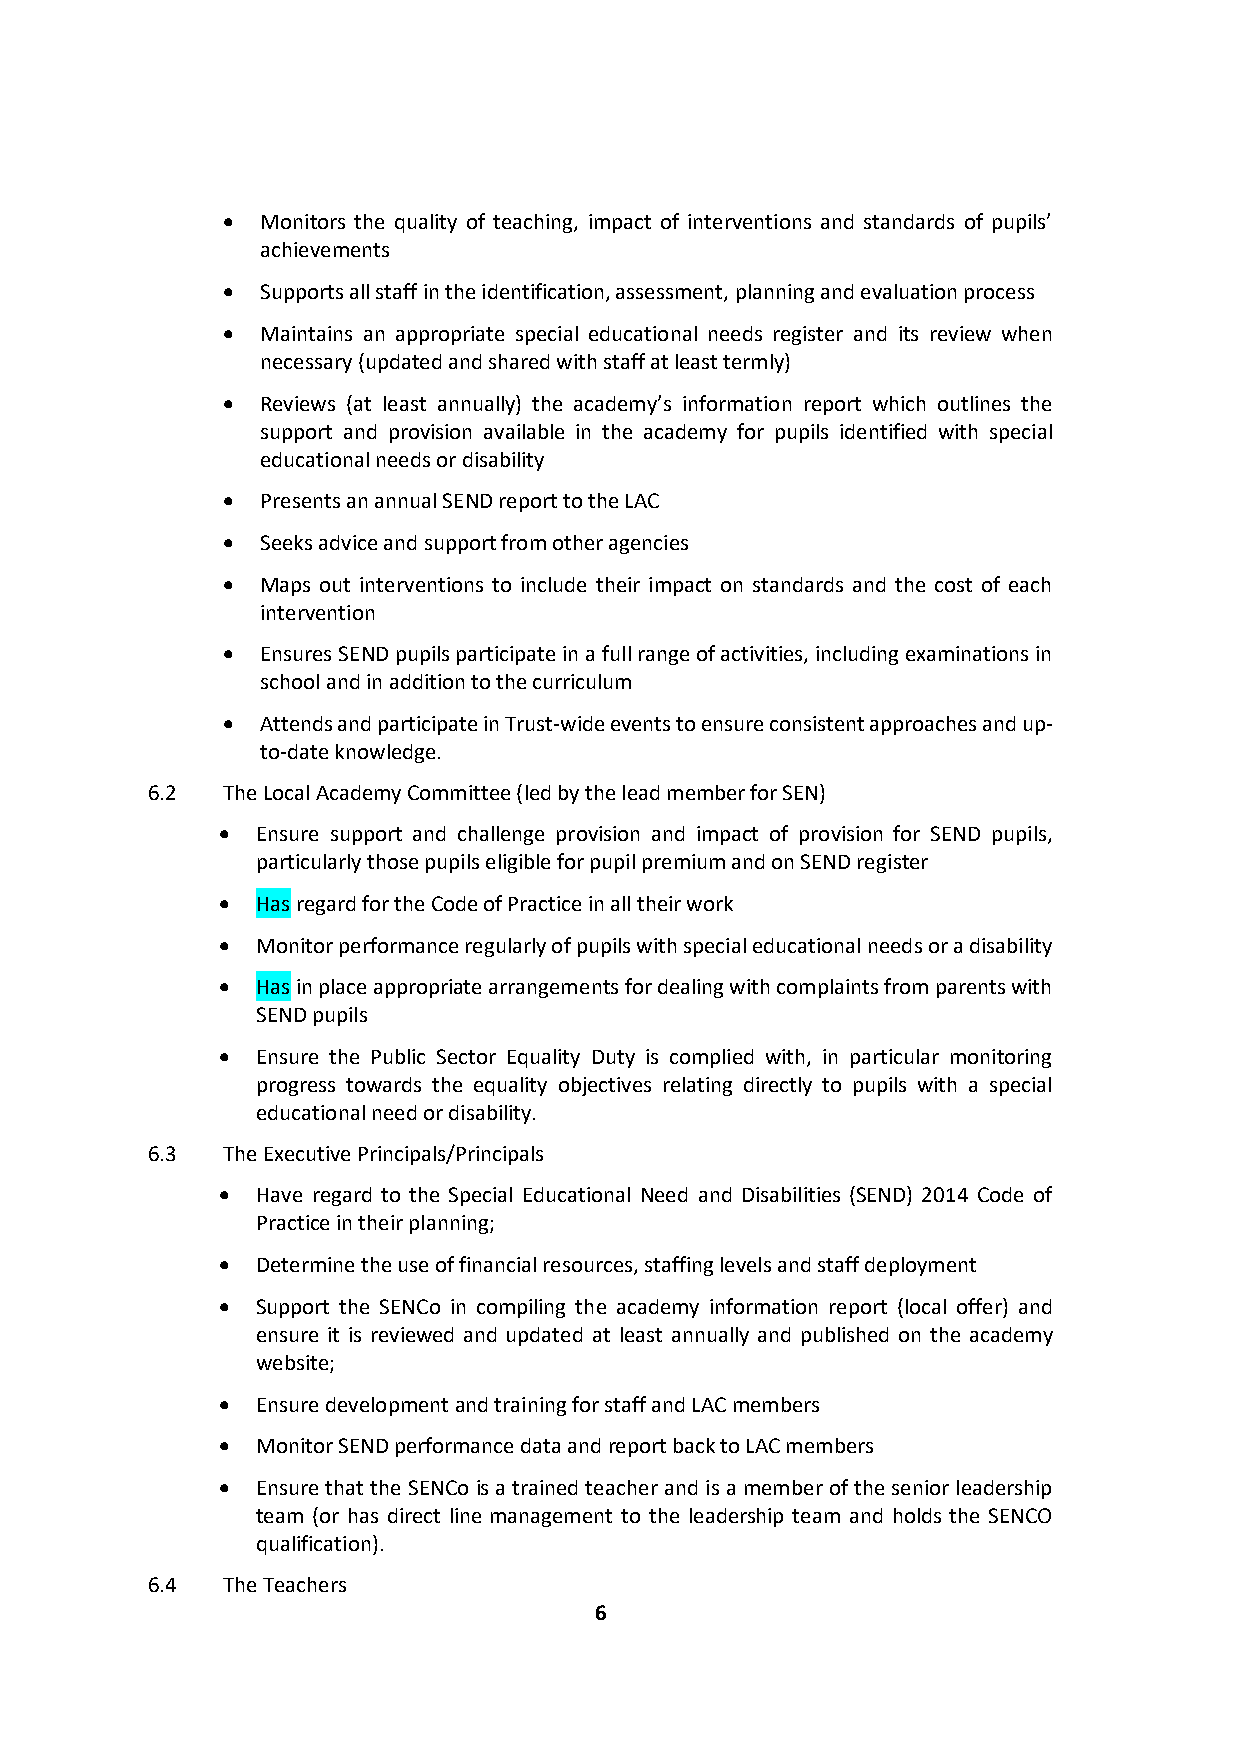
• Monitors the quality of teaching, impact of interventions and standards of pupils’
 achievements
 • Supports all staff in the identification, assessment, planning and evaluation process
 • Maintains an appropriate special educational needs register and its review when
 necessary (updated and shared with staff at least termly)
 • Reviews (at least annually) the academy’s information report which outlines the
 support and provision available in the academy for pupils identified with special
 educational needs or disability
 • Presents an annual SEND report to the LAC
 • Seeks advice and support from other agencies
 • Maps out interventions to include their impact on standards and the cost of each
 intervention
 • Ensures SEND pupils participate in a full range of activities, including examinations in
 school and in addition to the curriculum
 • Attends and participate in Trust-wide events to ensure consistent approaches and up-
 to-date knowledge.
 6.2  The Local Academy Committee (led by the lead member for SEN)
 •  Ensure support and challenge provision and impact of provision for SEND pupils,
 particularly those pupils eligible for pupil premium and on SEND register
 •  Has regard for the Code of Practice in all their work
 •  Monitor performance regularly of pupils with special educational needs or a disability
 •  Has in place appropriate arrangements for dealing with complaints from parents with
 SEND pupils
 •  Ensure the Public Sector Equality Duty is complied with, in particular monitoring
 progress towards the equality objectives relating directly to pupils with a special
 educational need or disability.
 6.3  The Executive Principals/Principals
 •  Have regard to the Special Educational Need and Disabilities (SEND) 2014 Code of
 Practice in their planning;
 •  Determine the use of financial resources, staffing levels and staff deployment
 •  Support the SENCo in compiling the academy information report (local offer) and
 ensure it is reviewed and updated at least annually and published on the academy
 website;
 •  Ensure development and training for staff and LAC members
 •  Monitor SEND performance data and report back to LAC members
 •  Ensure that the SENCo is a trained teacher and is a member of the senior leadership
 team (or has direct line management to the leadership team and holds the SENCO
 qualification).
 6.4  The Teachers
 6